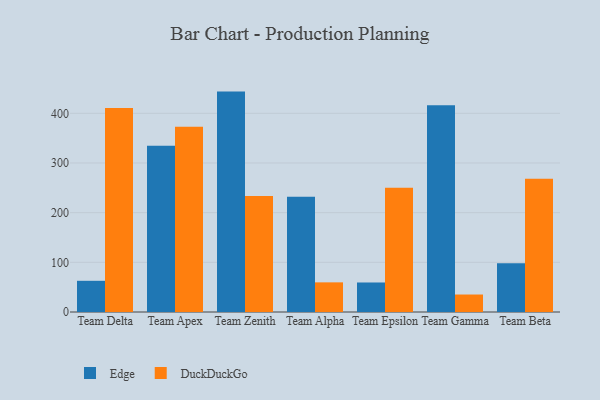
{"axis": {"x": "Team", "y": "Temperature (°C)"}, "legend": ["DuckDuckGo", "Edge"], "data": [{"x": "Team Delta", "y": 62.8, "type": "Edge"}, {"x": "Team Delta", "y": 410.8, "type": "DuckDuckGo"}, {"x": "Team Apex", "y": 334.9, "type": "Edge"}, {"x": "Team Apex", "y": 373.0, "type": "DuckDuckGo"}, {"x": "Team Zenith", "y": 443.7, "type": "Edge"}, {"x": "Team Zenith", "y": 233.6, "type": "DuckDuckGo"}, {"x": "Team Alpha", "y": 232.1, "type": "Edge"}, {"x": "Team Alpha", "y": 59.7, "type": "DuckDuckGo"}, {"x": "Team Epsilon", "y": 59.4, "type": "Edge"}, {"x": "Team Epsilon", "y": 250.3, "type": "DuckDuckGo"}, {"x": "Team Gamma", "y": 416.0, "type": "Edge"}, {"x": "Team Gamma", "y": 35.2, "type": "DuckDuckGo"}, {"x": "Team Beta", "y": 98.1, "type": "Edge"}, {"x": "Team Beta", "y": 268.5, "type": "DuckDuckGo"}]}